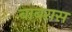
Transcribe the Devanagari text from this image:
बाबरास